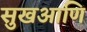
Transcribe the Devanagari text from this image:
सुखआणि